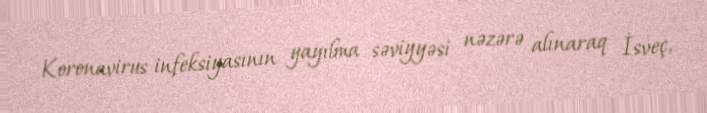
Koronavirus infeksiyasının yayılma səviyyəsi nəzərə alınaraq İsveç,